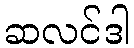
ဆလင်ဒါ